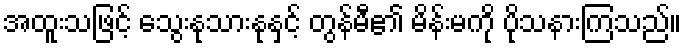
အထူးသဖြင့် သွေးနုသားနုနှင့် တွန်မီ၏ မိန်းမကို ပိုသနားကြသည်။